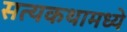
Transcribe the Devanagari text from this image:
सत्यकथामध्ये